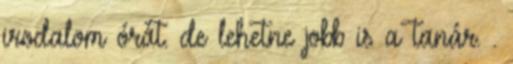
irodalom órát. de lehetne jobb is a tanár. .